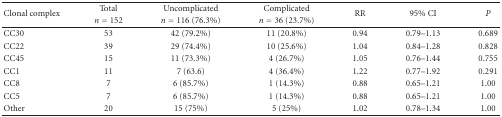
<table><thead><tr><td rowspan="2"><b>Clonal complex</b></td><td><b>Total</b></td><td><b>Uncomplicated</b></td><td><b>Complicated</b></td><td rowspan="2"><b>RR</b></td><td rowspan="2"><b>95% CI</b></td><td rowspan="2"><b><i>P</i></b></td></tr><tr><td><b><i>n</i> = 152</b></td><td><b><i>n</i> = 116 (76.3%)</b></td><td><b><i>n</i> = 36 (23.7%) </b></td></tr></thead><tbody><tr><td> CC30</td><td>53</td><td>42 (79.2%)</td><td>11 (20.8%)</td><td>0.94</td><td>0.79–1.13</td><td>0.689</td></tr><tr><td>CC22</td><td>39</td><td>29 (74.4%)</td><td>10 (25.6%)</td><td>1.04</td><td>0.84–1.28</td><td>0.828</td></tr><tr><td>CC45</td><td>15</td><td>11 (73.3%)</td><td>4 (26.7%)</td><td>1.05</td><td>0.76–1.44</td><td>0.755</td></tr><tr><td>CC1</td><td>11</td><td>7 (63.6)</td><td>4 (36.4%)</td><td>1.22</td><td>0.77–1.92</td><td>0.291</td></tr><tr><td>CC8</td><td>7</td><td>6 (85.7%)</td><td>1 (14.3%)</td><td>0.88</td><td>0.65–1.21</td><td>1.00</td></tr><tr><td>CC5</td><td>7</td><td>6 (85.7%)</td><td>1 (14.3%)</td><td>0.88</td><td>0.65–1.21</td><td>1.00</td></tr><tr><td>Other</td><td>20</td><td>15 (75%)</td><td>5 (25%)</td><td>1.02</td><td>0.78–1.34</td><td>1.00</td></tr></tbody></table>